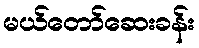
မယ်တော်ဆေးခန်း